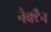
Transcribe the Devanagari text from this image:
नेक्टैन